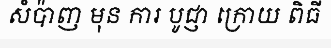
សំប៉ាញ មុន ការ បូជ្ញា ក្រោយ ពិធី